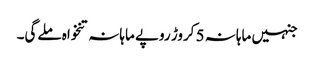
جنہیں ماہانہ 5 کروڑ روپے ماہانہ تنخواہ ملےگی۔